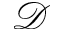
\mathcal { D }